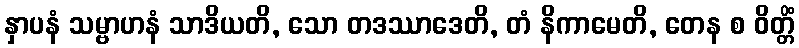
နှာပနံ သမ္ဗာဟနံ သာဒိယတိ, သော တဒဿာဒေတိ, တံ နိကာမေတိ, တေန စ ဝိတ္တိံ